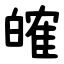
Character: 㿥